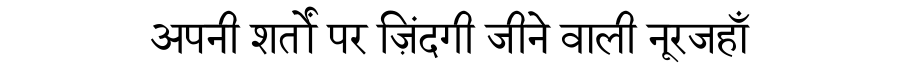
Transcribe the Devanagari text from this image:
अपनी शर्तों पर ज़िंदगी जीने वाली नूरजहाँ